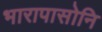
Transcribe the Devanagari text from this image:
भारापासोनि